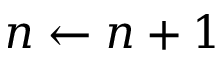
n \leftarrow n + 1